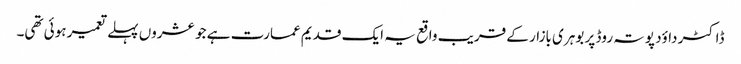
ڈاکٹر داوٴد پوتہ روڈ پر بوہری بازار کے قریب واقع یہ ایک قدیم عمارت ہے جو عشروں پہلے تعمیر ہوئی تھی۔